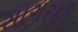
સાગરથી